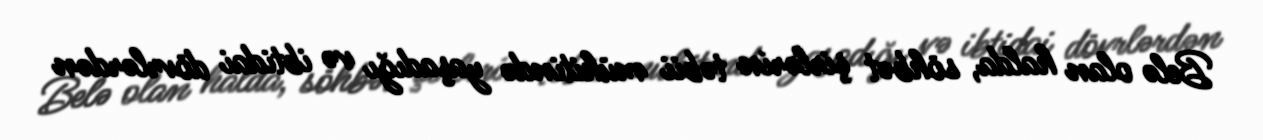
Belə olan halda, söhbət şirlərin təbii mühitində yaşadığı və ibtidai dövrlərdən